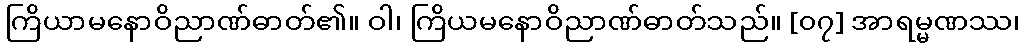
ကြိယာမနောဝိညာဏ်ဓာတ်၏။ ဝါ၊ ကြိယမနောဝိညာဏ်ဓာတ်သည်။ [၀၇] အာရမ္မဏဿ၊